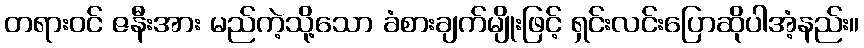
တရားဝင် ဇနီးအား မည်ကဲ့သို့သော ခံစားချက်မျိုးဖြင့် ရှင်းလင်းပြောဆိုပါအံ့နည်း။